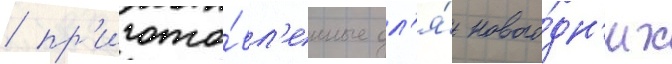
/ пр'игото́вл'енные дл'я́ нового́дн'их